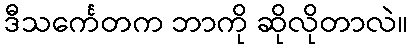
ဒီသင်္ကေတက ဘာကို ဆိုလိုတာလဲ။